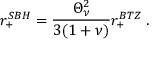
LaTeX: r _ { + } ^ { S B H } = \frac { \Theta _ { \nu } ^ { 2 } } { 3 ( 1 + \nu ) } r _ { + } ^ { B T Z } \; .